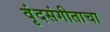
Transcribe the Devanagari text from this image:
वृंदसंगीताचा